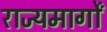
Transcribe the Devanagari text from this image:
राज्यमार्गों